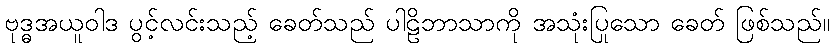
ဗုဒ္ဓအယူဝါဒ ပွင့်လင်းသည့် ခေတ်သည် ပါဠိဘာသာကို အသုံးပြုသော ခေတ် ဖြစ်သည်။